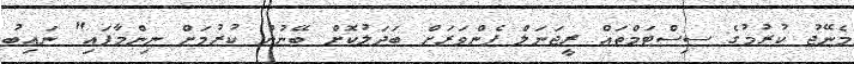
މެނޭޖު ކުރުމުގެ ސިސްޓަމްތައް ރީޖަނަލް ފެންވަރަށް ބަދަލުކޮށް ބޭނުން ކުރުމަށް ނިންމާފައި" ނައިބު